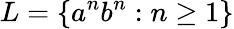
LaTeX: L=\{ a^{n}b^{n}:n\geq 1\}